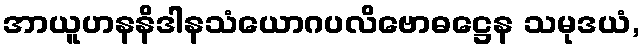
အာယူဟနနိဒါနသံယောဂပလိဗောဓဋ္ဌေန သမုဒယံ,